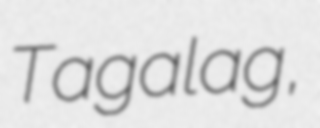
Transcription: Tagalag,